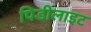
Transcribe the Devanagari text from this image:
पिडीलाइट